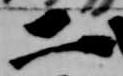
二